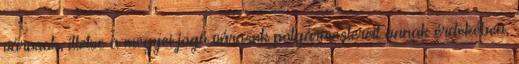
városok, illetve a megyei jogú városok polgármestereit annak érdekében,